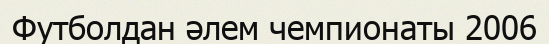
Футболдан әлем чемпионаты 2006